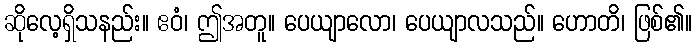
ဆိုလေ့ရှိသနည်း။ ဧဝံ၊ ဤအတူ။ ပေယျာလော၊ ပေယျာလသည်။ ဟောတိ၊ ဖြစ်၏။